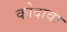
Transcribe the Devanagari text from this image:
कोदावा